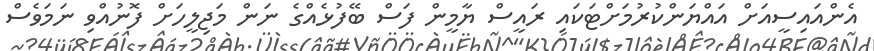
އެންއައިސީއަށް އައްޔަންކުރުމަށްޓަކައި ރައީސް ޔާމީން ފަސް ބޭފުޅެއްގެ ނަން މަޖިލީހަށް ފޮނުއްވި ނަމަވެސް